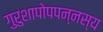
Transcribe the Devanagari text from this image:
गुरुशापोपपन्नस्य